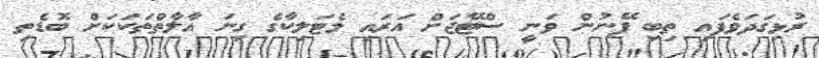
ރުޅިގަދަވެފައި ތިބި ފޭނުން ވަނީ ސްޓޭޖަށް އަރައި މެޓަލިކާގެ ގިނަ އާލާތްތަކަކަށް ބޮޑެތި